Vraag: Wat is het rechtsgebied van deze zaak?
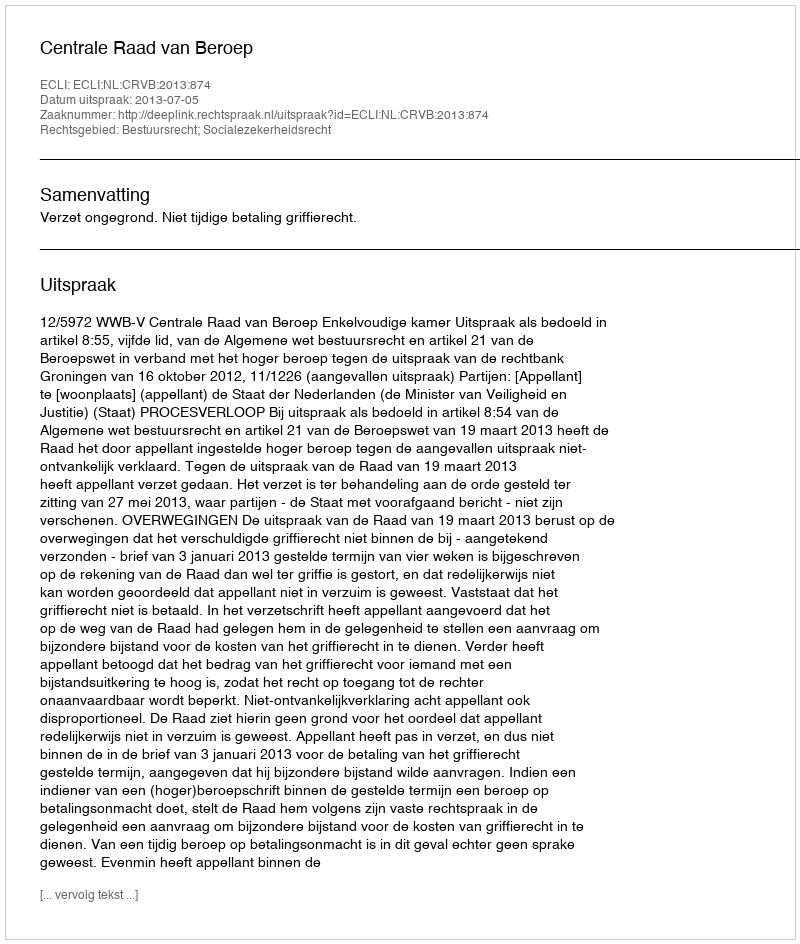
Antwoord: Bestuursrecht; Socialezekerheidsrecht